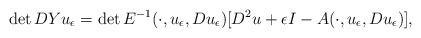
LaTeX: \begin{align*} \det DYu_\epsilon &= \det E^{-1}(\cdot,u_\epsilon,Du_\epsilon)[D^2u + \epsilon I - A(\cdot,u_\epsilon,Du_\epsilon)],\end{align*}